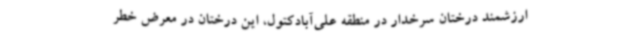
ارزشمند درختان سرخدار در منطقه علی‌آبادکتول، این درختان در معرض خطر